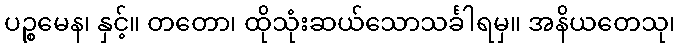
ပဉ္စမေန၊ နှင့်။ တတော၊ ထိုသုံးဆယ်သောသင်္ခါရမှ။ အနိယတေသု၊